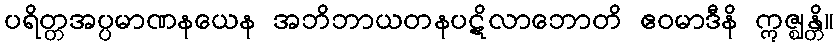
ပရိတ္တအပ္ပမာဏနယေန အဘိဘာယတနပဋိလာဘောတိ ဧဝမာဒီနိ ဣဇ္ဈန္တိ။